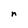
Character: n